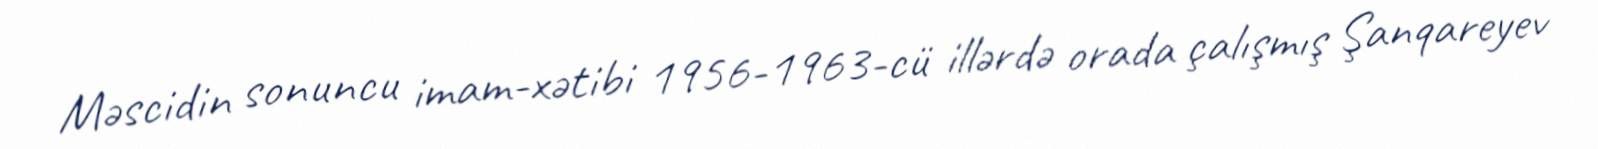
Məscidin sonuncu imam-xətibi 1956-1963-cü illərdə orada çalışmış Şanqareyev